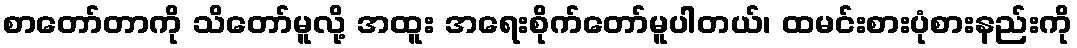
စာတော်တာကို သိတော်မူလို့ အထူး အရေးစိုက်တော်မူပါတယ်၊ ထမင်းစားပုံစားနည်းကို